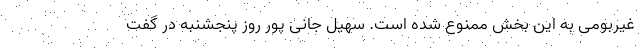
غیربومی به این بخش ممنوع شده است. سهیل جانی پور روز پنجشنبه در گفت